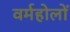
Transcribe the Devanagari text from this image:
वर्महोलों